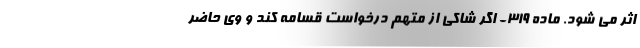
اثر می شود. ماده ۳۱۹- اگر شاکی از متهم درخواست قسامه کند و وی حاضر